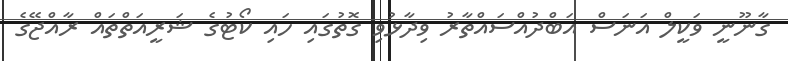
ގާނޫނީ ވަކީލް އަނަސް އަބްދުއްސައްތާރު ވިދާޅުވި ގޮތުގައި ހައި ކޯޓުގެ ޝަރީއަތްތައް ރާއްޖޭގެ